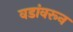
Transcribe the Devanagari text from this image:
वडांवरून